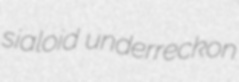
sialoid underreckon